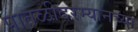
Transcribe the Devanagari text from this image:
पातळीदरम्यानच्या